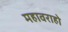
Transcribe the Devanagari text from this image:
महावराहो